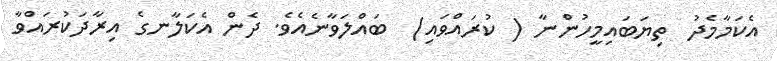
އެކަމާމެދު  ތިޔަބައިމީހުންނާ ( ކުރައްވައި)  ބައްލަވާނެއެވެ. ދެން އެކަލާނގެ އިރާދަކުރައްވާ